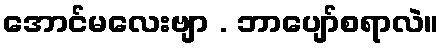
အောင်မလေးဗျာ . ဘာပျော်စရာလဲ။